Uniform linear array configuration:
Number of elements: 64
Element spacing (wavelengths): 1
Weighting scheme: binomial
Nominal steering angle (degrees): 0
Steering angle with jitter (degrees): -0.6451
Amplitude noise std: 0.05
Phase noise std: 0.05

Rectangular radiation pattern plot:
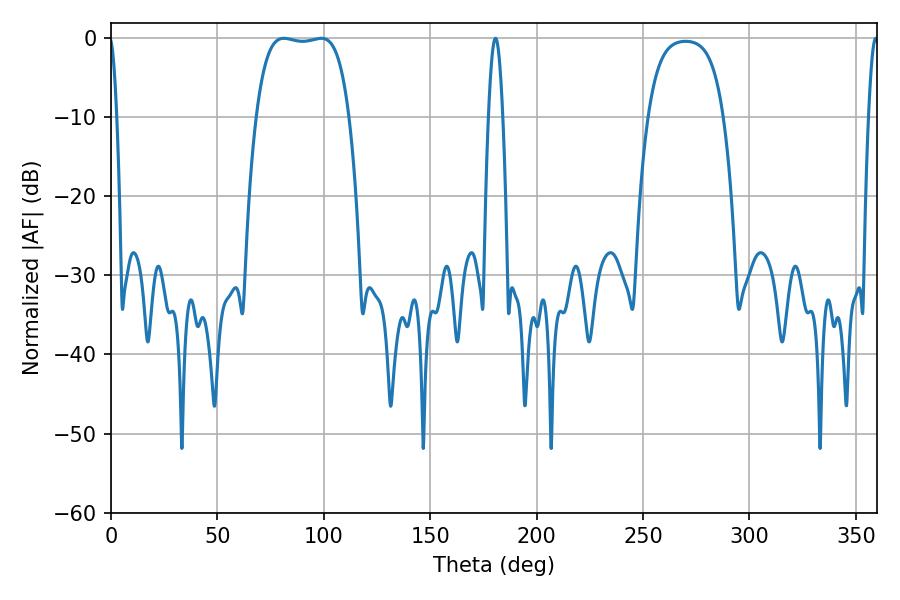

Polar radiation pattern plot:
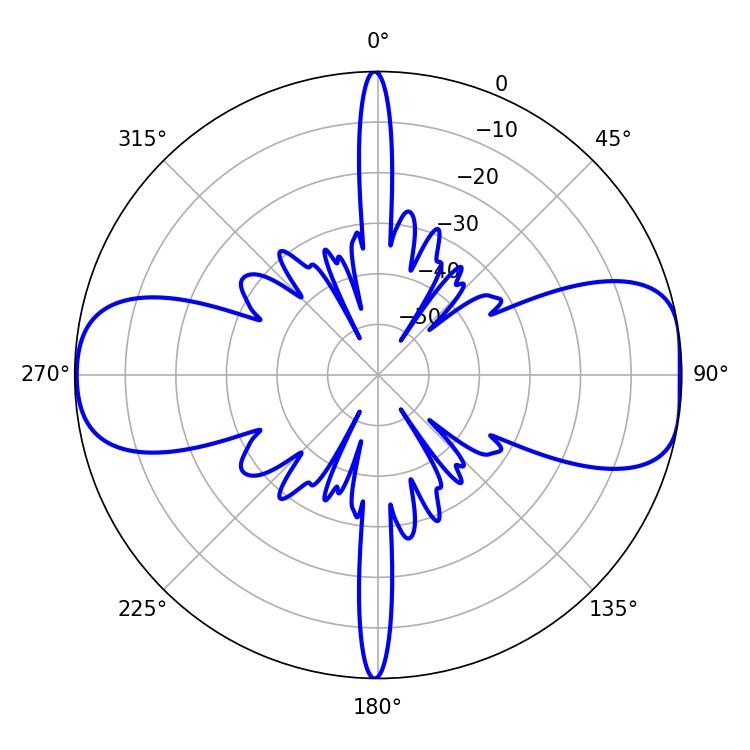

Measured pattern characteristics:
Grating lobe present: TRUE
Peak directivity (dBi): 10.182
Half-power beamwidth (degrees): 34.2
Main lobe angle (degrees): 81.18